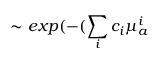
\sim e x p ( - ( \sum _ { i } c _ { i } \mu _ { a } ^ { i }